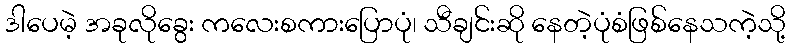
ဒါပေမဲ့ အခုလိုခွေး ကလေးစကားပြောပုံ၊ သီချင်းဆို နေတဲ့ပုံစံဖြစ်နေသကဲ့သို့